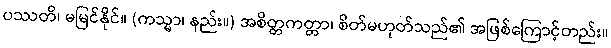
ပဿတိ၊ မမြင်နိုင်။ (ကသ္မာ၊ နည်း။) အစိတ္တကတ္တာ၊ စိတ်မဟုတ်သည်၏ အဖြစ်ကြောင့်တည်း။